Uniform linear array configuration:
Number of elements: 16
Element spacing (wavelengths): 0.75
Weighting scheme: exponential
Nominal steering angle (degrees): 60
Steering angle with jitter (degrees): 61.688
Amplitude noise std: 0.05
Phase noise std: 0.05

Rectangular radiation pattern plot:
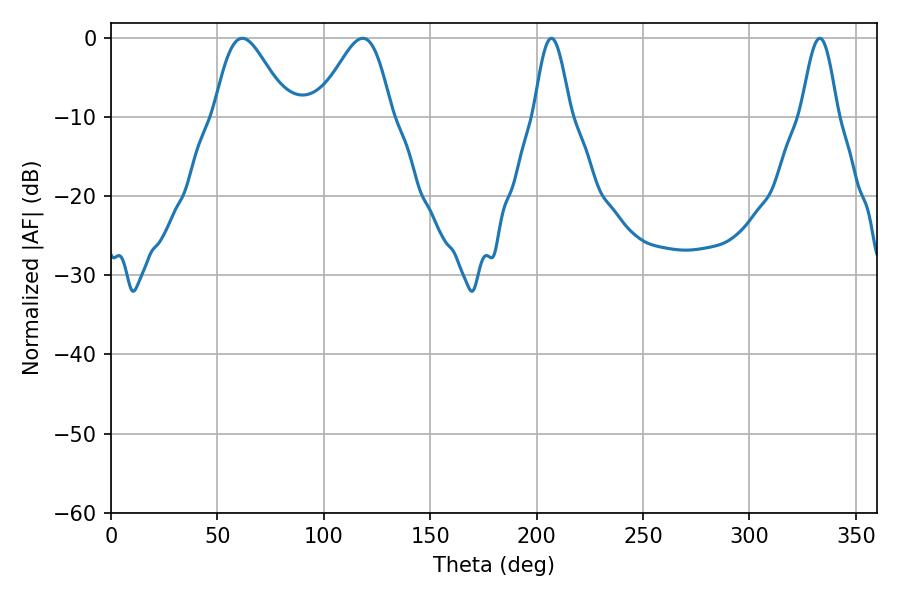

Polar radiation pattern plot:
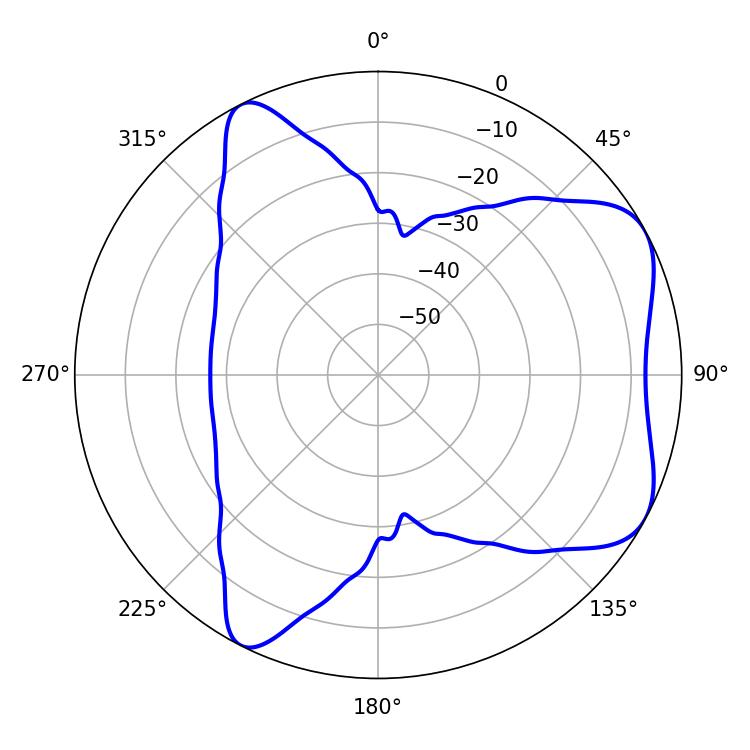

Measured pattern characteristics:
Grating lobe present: TRUE
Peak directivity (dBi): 5.961
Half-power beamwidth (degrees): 18.18
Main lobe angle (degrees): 61.74